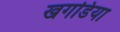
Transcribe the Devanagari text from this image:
खगडिया